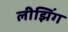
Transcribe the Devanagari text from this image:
लीझिंग